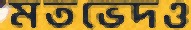
মতভেদও